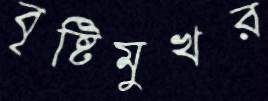
বৃষ্টিমুখর